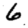
Digit: 6